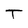
Character: T